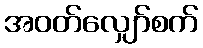
အဝတ်လျှော်စက်